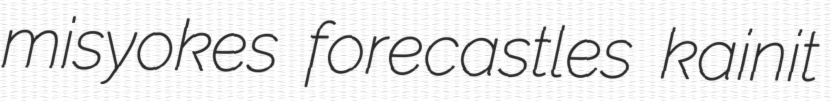
misyokes forecastles kainit